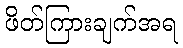
ဖိတ်ကြားချက်အရ